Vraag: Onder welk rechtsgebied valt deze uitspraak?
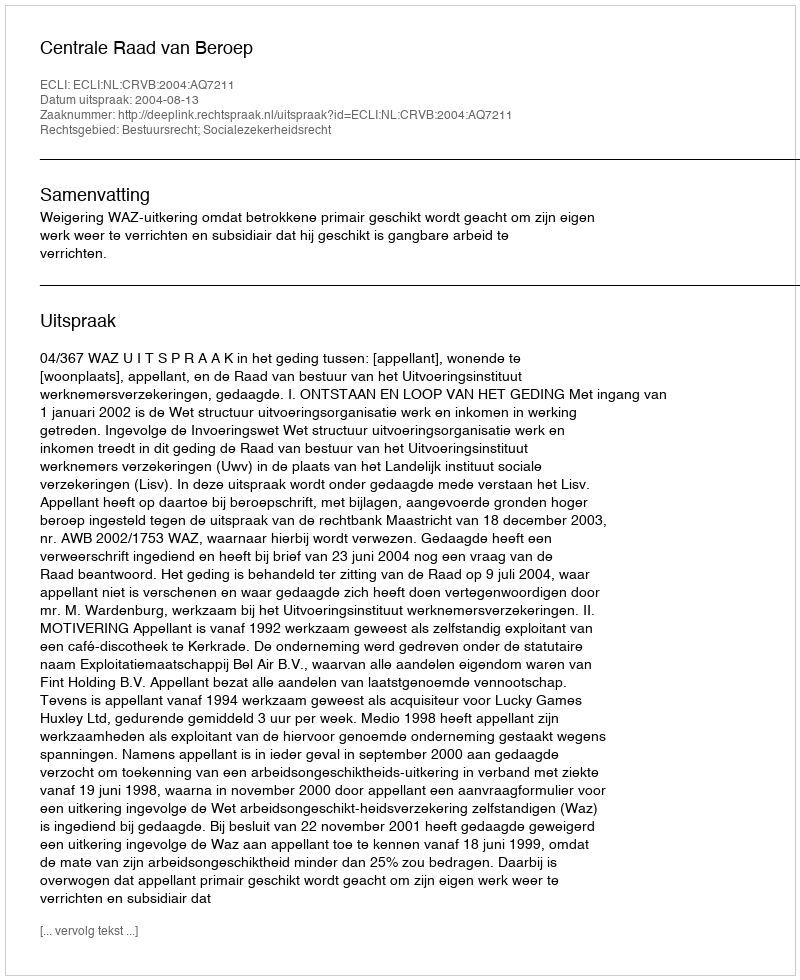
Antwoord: Bestuursrecht; Socialezekerheidsrecht